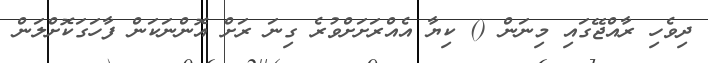
ދިވެހި ރާއްޖޭގައި މިނަން () ކިޔާ އެއްރަށަށްވުރެ ގިނަ ރަށް އޮންނަކަން ފާހަގަކޮށްލަން